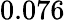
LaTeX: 0.076